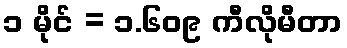
၁ မိုင် = ၁.၆၀၉ ကီလိုမီတာ